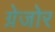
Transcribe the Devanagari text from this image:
ग्रेजोर